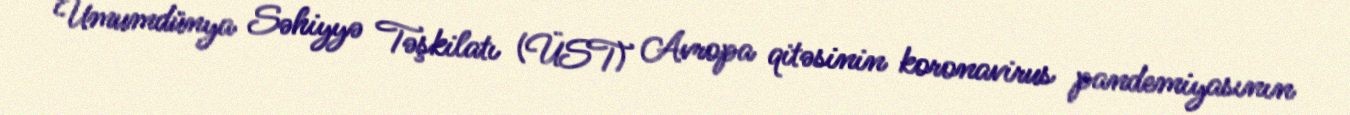
Ümumdünya Səhiyyə Təşkilatı (ÜST) Avropa qitəsinin koronavirus pandemiyasının